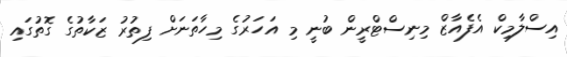
އިސްލާމިކް އެފެއާޒް މިނިސްޓްރީން ބުނީ މި އަހަރުގެ މިހާތަނަށް ފިތުރު ޒަކާތުގެ ގޮތުގައި